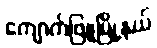
ကျောက်ဖြူမြို့နယ်